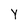
Character: Y